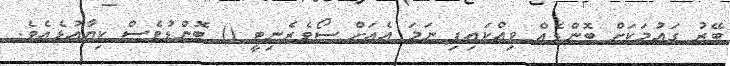
ބޭރު ގައުމަކަށް ބޮންޑެއް ވިއްކައިފި ނަމަ އެއަށް ސޯވެރެނިޓީ () ބޮންޑުވެސް ކިޔާއުޅެއެވެ.